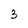
Character: 3